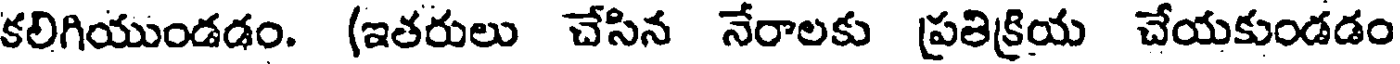
కలిగియుండడం. (ఇతరులు చేసిన నేరాలకు ప్రతిక్రియ చేయకుండడం